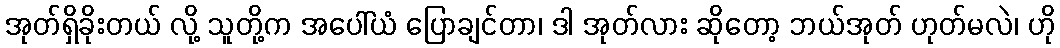
အုတ်ရှိခိုးတယ် လို့ သူတို့က အပေါ်ယံ ပြောချင်တာ၊ ဒါ အုတ်လား ဆိုတော့ ဘယ်အုတ် ဟုတ်မလဲ၊ ဟို